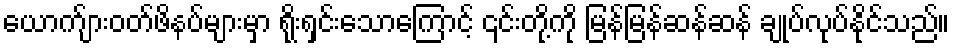
ယောက်ျားဝတ်ဖိနပ်များမှာ ရိုးရှင်းသောကြောင့် ၎င်းတို့ကို မြန်မြန်ဆန်ဆန် ချုပ်လုပ်နိုင်သည်။